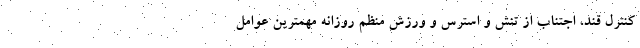
کنترل قند، اجتناب از تنش و استرس و ورزش منظم روزانه مهمترین عوامل